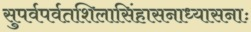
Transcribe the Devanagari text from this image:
सुपर्वपर्वतशिलासिंहासनाध्यासनाः